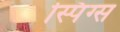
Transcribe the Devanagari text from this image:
स्पिंग्स